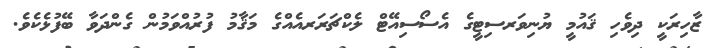
ޒާހިރަކީ ދިވެހި ޤައުމީ ޔުނިވަރސިޓީގެ އެސޯސިއޭޓް ލެކްޗަރަރއެއްގެ މަޤާމު ފުރުއްވަމުން ގެންދަވާ ބޭފުޅެކެވެ.